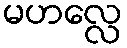
မဟလ္လေ